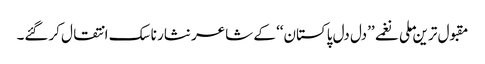
مقبول ترین ملی نغمے ’’دل دل پاکستان‘‘ کے شاعر نثار ناسک انتقال کرگئے۔